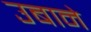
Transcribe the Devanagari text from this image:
उबाने